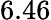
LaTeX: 6.46